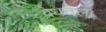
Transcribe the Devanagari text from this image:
वैधतेला